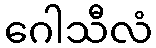
ဂေါသီလံ